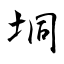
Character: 垌